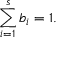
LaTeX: \sum _ { i = 1 } ^ { s } b _ { i } = 1 .